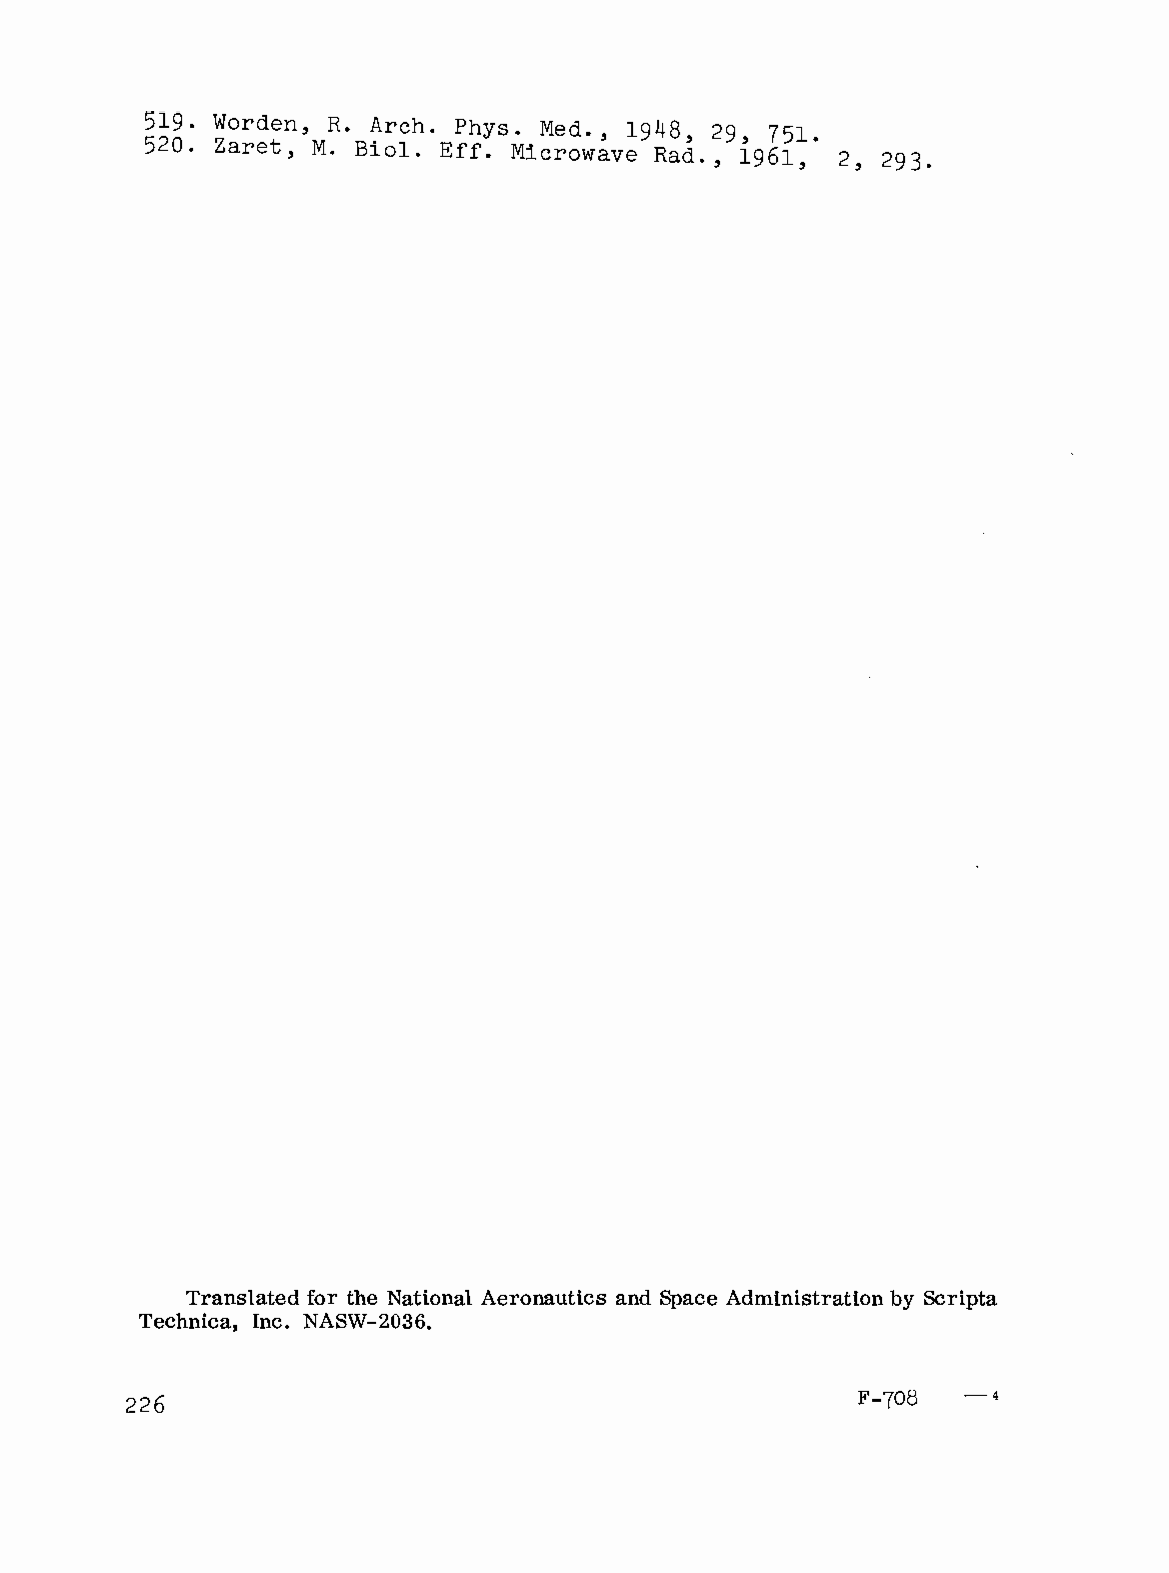
519. Worden, R. Arch. Phys. Med., 1948, 29, 751.
 520. Zaret, M. Bio1. Err. Microwave Rad., 1961, 2 , 293 .
 Translated for the National Aeronautics and Space Administration by Scripta
 Technica, Inc. NASW-2036.
 226                                              F-708  -4